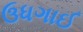
ઉધગાઈ